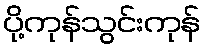
ပို့ကုန်သွင်းကုန်